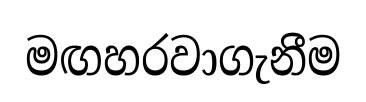
මඟහරවාගැනීම